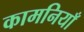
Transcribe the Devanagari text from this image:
कामनियाँ